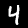
Digit: 4